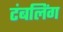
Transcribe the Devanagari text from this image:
टंबलिंग